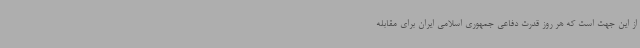
از این جهت است که هر روز قدرت دفاعی جمهوری اسلامی ایران برای مقابله